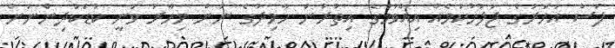
ފަސް އަހަރުގެ ޖަލުހުކުމެއް އިއްވުމުގެ އިތުރުން ހާމިދުގެ ނަން މިހާރު ވަނީ ކުޑަކުދިންނަށް